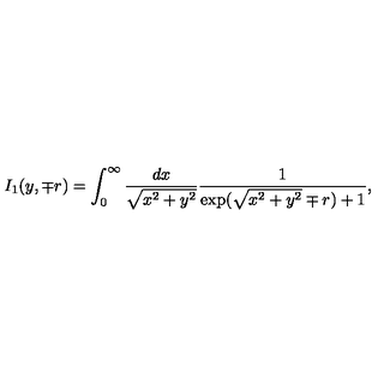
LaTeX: I _ { 1 } ( y , \mp r ) = \int _ { 0 } ^ { \infty } \frac { d x } { \sqrt { x ^ { 2 } + y ^ { 2 } } } \frac { 1 } { \exp ( \sqrt { x ^ { 2 } + y ^ { 2 } } \mp r ) + 1 } ,